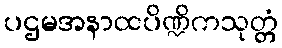
ပဌမအနာထပိဏ္ဍိကသုတ္တံ